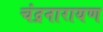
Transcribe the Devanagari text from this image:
चंद्रनारायण